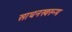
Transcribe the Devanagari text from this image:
साधनस्वरूप